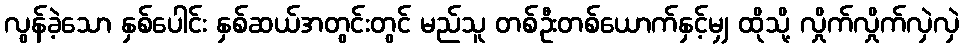
လွန်ခဲ့သော နှစ်ပေါင်း နှစ်ဆယ်အတွင်းတွင် မည်သူ တစ်ဦးတစ်ယောက်နှင့်မျှ ထိုသို့ လှိုက်လှိုက်လှဲလှဲ